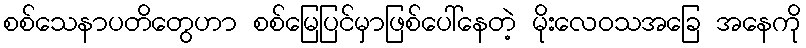
စစ်သေနာပတိတွေဟာ စစ်မြေပြင်မှာဖြစ်ပေါ်နေတဲ့ မိုးလေဝသအခြေ အနေကို